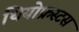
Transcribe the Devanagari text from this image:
थियोफ्रस्टस